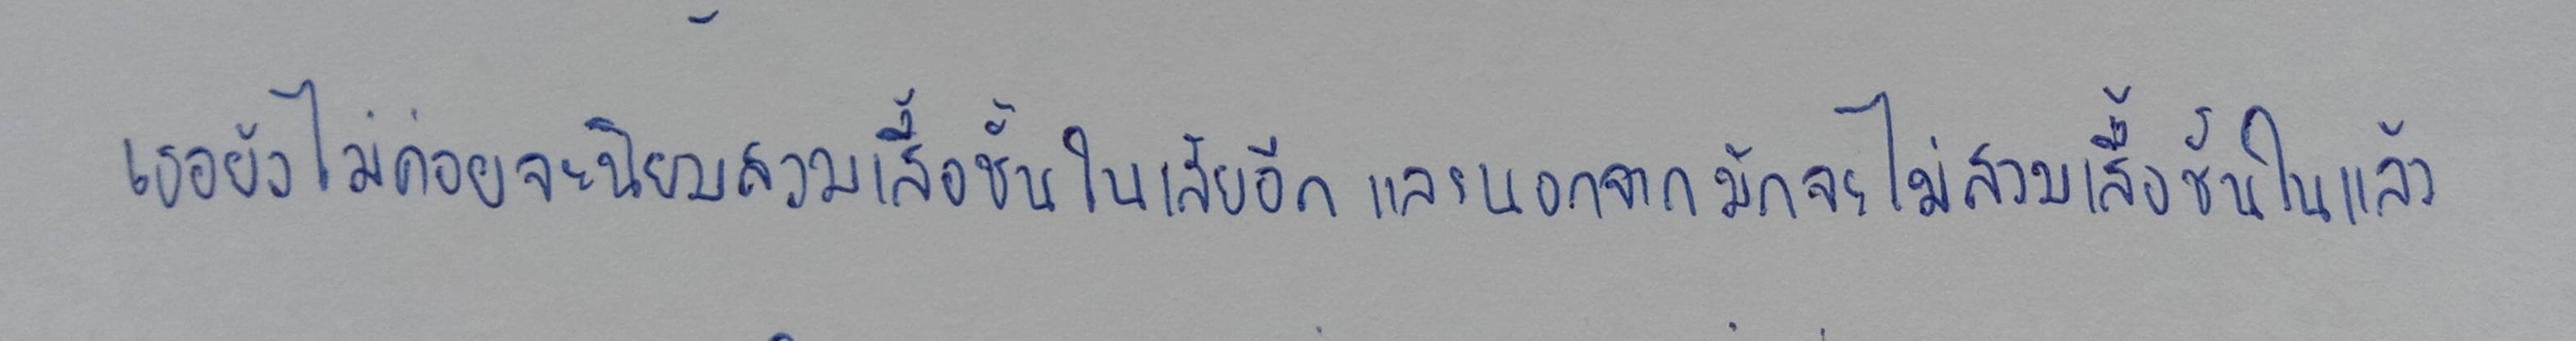
เธอยังไม่ค่อยจะนิยมสวมเสื้อชั้นในเสียอีกและนอกจากมักจะไม่สวมเสื้อชั้นในแล้ว